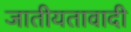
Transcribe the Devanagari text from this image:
जातीयतावादी